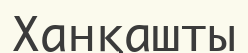
Ханқашты